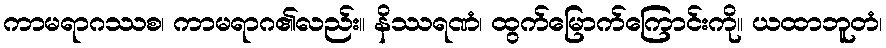
ကာမရာဂဿစ၊ ကာမရာဂ၏လည်း။ နိဿရဏံ၊ ထွက်မြောက်ကြောင်းကို။ ယထာဘူတံ၊